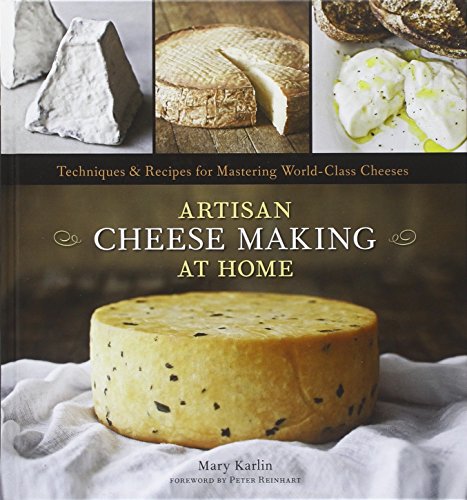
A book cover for Artisan Cheese Making at Home: Techniques & Recipes for Mastering World-Class Cheeses; Mary Karlin; Cookbooks, Food & Wine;